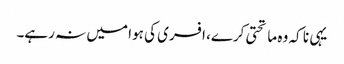
یہی نا کہ وہ ماتحتی کرے، افسری کی ہوا میں نہ رہے۔